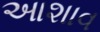
આશાવ